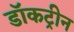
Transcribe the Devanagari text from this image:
डॉकट्रीन